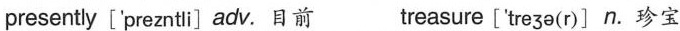
presently['preznti] adv.目前 treasure ['treze(r)] n.珍宝